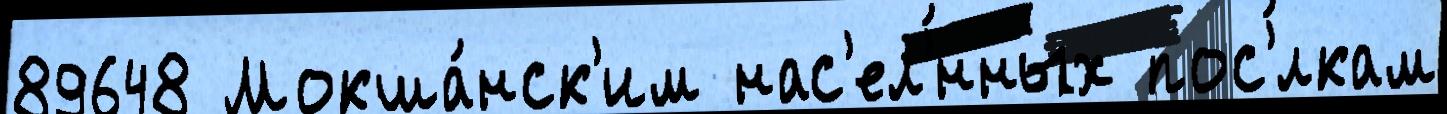
89648 Мокша́нск'им нас'ел'́нных пос'́лкам